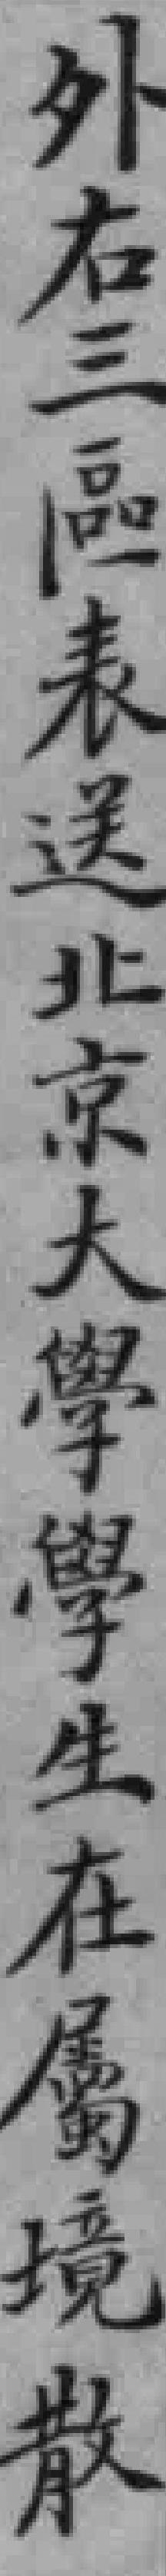
外右三區表送北京大學學生在屬境散